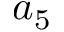
a _ { 5 }